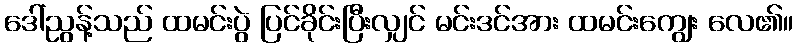
ဒေါ်ညွန့်သည် ထမင်းပွဲ ပြင်ခိုင်းပြီးလျှင် မင်းဒင်အား ထမင်းကျွေး လေ၏။